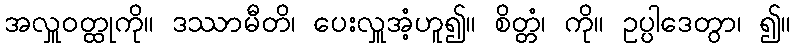
အလှူဝတ္ထုကို။ ဒဿာမီတိ၊ ပေးလှူအံ့ဟူ၍။ စိတ္တံ၊ ကို။ ဥပ္ပါဒေတွာ၊ ၍။